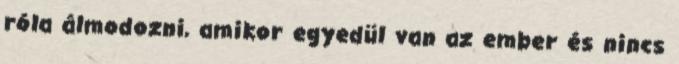
róla álmodozni, amikor egyedül van az ember és nincs